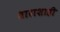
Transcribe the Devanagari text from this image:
धाराशाही